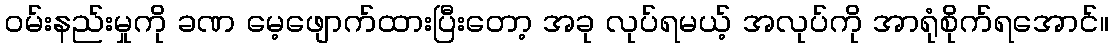
ဝမ်းနည်းမှုကို ခဏ မေ့ဖျောက်ထားပြီးတော့ အခု လုပ်ရမယ့် အလုပ်ကို အာရုံစိုက်ရအောင်။